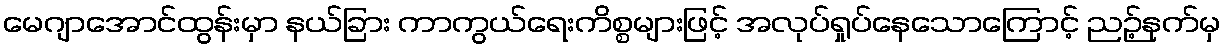
မေဂျာအောင်ထွန်းမှာ နယ်ခြား ကာကွယ်ရေးကိစ္စများဖြင့် အလုပ်ရှုပ်နေသောကြောင့် ညဉ့်နက်မှ